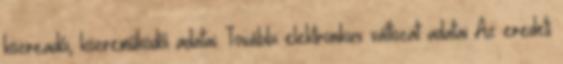
közreadói, közreműködői adatai. További elektronikus változat adatai Az eredeti